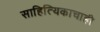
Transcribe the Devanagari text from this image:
साहित्यिकाचाही